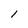
Character: l